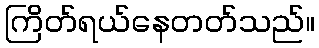
ကြိတ်ရယ်နေတတ်သည်။